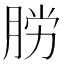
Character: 𫆟